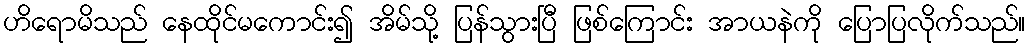
ဟိရောမိသည် နေထိုင်မကောင်း၍ အိမ်သို့ ပြန်သွားပြီ ဖြစ်ကြောင်း အာယနဲကို ပြောပြလိုက်သည်။